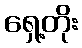
ရှေ့တိုး